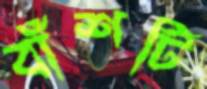
বাঁশটি